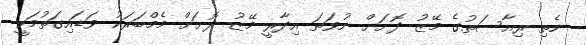
ނެތި ރިއާސަތުގެ މޭޒު ދޮށަށް ނުވަތަ އިދާރީ މޭޒު ދޮށަށް މެމްބަރަކު ވަޑައިގަތުމަކީ